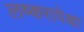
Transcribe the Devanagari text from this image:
लष्करापेक्षा